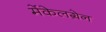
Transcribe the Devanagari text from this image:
मेंकेलग्रेन